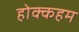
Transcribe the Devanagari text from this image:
होक्कहम